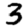
Digit: 3